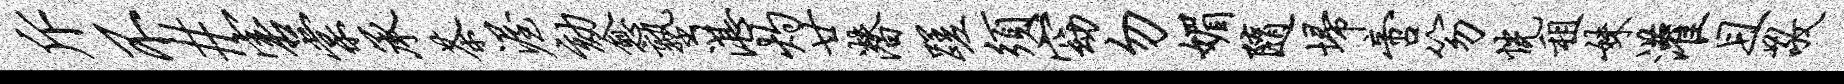
斥不#害棠承茶渥劾愈塾湛灼廿潜蹉须窈勿媚随埽啻笏恍租妹灌且敬